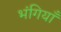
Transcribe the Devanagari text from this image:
भंगियाँ